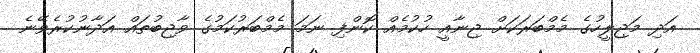
އަދި މަޖިލީހުގެ މެމްބަރަކަށް ޖިނާއީ ހުކުމެއް ކޮންފި ނަމަ މެމްބަރުކަމުގެ ވާޖިބުތައް އަދާނުކުރެވޭނެ